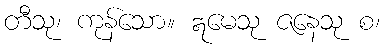
တီသု၊ ကုန်သော။ ဣမေသု ဇနေသု စ၊